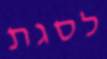
לסגת